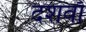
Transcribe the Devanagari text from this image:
दशवाँ